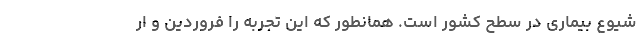
شیوع بیماری در سطح کشور است. همانطور که این تجربه را فروردین و ار